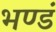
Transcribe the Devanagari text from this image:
भण्डं